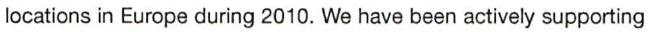
locations in Europe during 2010. We have been actively supporting